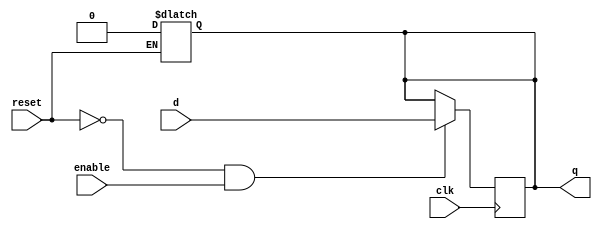
// dffe: D-type flip-flop with enable
//
// q      (output) - Current value of flip flop
// d      (input)  - Next value of flip flop
// clk    (input)  - Clock (positive edge-sensitive)
// enable (input)  - Load new value? (yes = 1, no = 0)
// reset  (input)  - Asynchronous reset   (reset =  1)
//
module dffe(q, d, clk, enable, reset);
    output q;
    reg    q;
    input  d;
    input  clk, enable, reset;
 
    always@(reset)
      if (reset == 1'b1)
        q <= 0;
 
    always@(posedge clk)
      if ((reset == 1'b0) && (enable == 1'b1))
        q <= d;
endmodule // dffe


module lol_reader(L, O, Y, bits, clk, restart);
    output      L, O, Y;
    input [2:0] bits;
    input       restart, clk;
    wire        sBlank, sBlank_next, sL, ssL_next,
		sL_second, sL_second_next, sL_end, sL_end_next,
		sGarbage, sGarbage_next, sBlank2, sBlank2_next, sO, sO_next,
		sO_second, sO_second_next, sO_third, sO_third_next, sO_end, sO_end_next,
		sGarbage2, sGarbage2_next,sBlank3, sBlank3_next, sY, sY_next,
		sY_second, sY_second_next, sY_third, sY_third_next, sY_end, sY_end_next,
		sGarbage3, sGarbage3_next;

//L detecter
	assign in000 = bits == 3'b000;
	assign in111 = bits == 3'b111;
	assign in001 = bits == 3'b001;
	
	assign sBlank_next = ~restart &((sBlank | sL_end | sGarbage| sL) & in000);
	assign sL_next     =  ~restart &((sL_end | sBlank)& in111);
	assign sL_second_next =  ~restart &((sL & in001) );
	assign sL_end_next  =  ~restart &(sL_second & in000);
	assign sGarbage_next = restart | (((sBlank | sL_end)& ~(in000 | in111))| ((sGarbage | sL_second) & ~(in000)) | (sL & ~(in000|in001)));

	dffe fsBlank(sBlank, sBlank_next, clk, 1'b1, 1'b0);
	dffe fsGarbage(sGarbage, sGarbage_next, clk, 1'b1, 1'b0);
	dffe fsL1(sL,sL_next,clk, 1'b1, 1'b0);
	dffe fsL2(sL_second,sL_second_next, clk, 1'b1, 1'b0);
	dffe fsL_end(sL_end, sL_end_next, clk, 1'b1, 1'b0);   

	assign L = sL_end;  // | other condition ... 
  // end of L


//start with O

	//assign in000 = bits ==3'b000;
	//assign in111 = bits ==3'b111;
	assign in101 = bits ==3'b101;

	assign sBlank2_next = ~restart &((sBlank2 | sO_end | sO_second | sGarbage2| sO) & in000);
	assign sO_next = ~restart &((sO_end | sBlank2) & in111);
	assign sO_second_next = ~restart & ((sO & in101));
	assign sO_third_next = ~restart & ((sO_second & in111));
	assign sO_end_next = ~restart &((sO_third & in000));
	assign sGarbage2_next = restart | ((sBlank2 | sO_second | sO_end)& ~(in000|in111) | (sGarbage2 | sO_third) & ~(in000) | (sO & ~(in000|in101)));
	
	 
	dffe fsBlank2(sBlank2, sBlank2_next, clk, 1'b1, 1'b0);
	dffe fsGarbage2(sGarbage2, sGarbage2_next, clk, 1'b1, 1'b0);
	dffe fsO1(sO, sO_next, clk, 1'b1, 1'b0);
	dffe fsO2(sO_second, sO_second_next, clk, 1'b1, 1'b0);
	dffe fsO3(sO_third, sO_third_next, clk, 1'b1, 1'b0);
	dffe fsO_end(sO_end, sO_end_next, clk, 1'b1, 1'b0);

	assign O = sO_end;
//end of O

//start with Y

	assign in100 = bits ==3'b100;

	assign in011 = bits ==3'b011;

	assign sBlank3_next = ~restart &((sBlank3 | sY_end | sY_second | sGarbage3| sY) & in000);
	assign sY_next = ~restart &((sY_end | sBlank3) & in100);
	assign sY_second_next = ~restart & ((sY & in011));
	assign sY_third_next = ~restart & ((sY_second & in100));
	assign sY_end_next = ~restart &((sY_third & in000));
	assign sGarbage3_next = restart | ((sBlank3 | sY_second | sY_end)& ~(in000|in100) | (sGarbage3 | sY_third) & ~(in000) | (sY & ~(in000|in011)));
	
	 
	dffe fsBlank3(sBlank3, sBlank3_next, clk, 1'b1, 1'b0);
	dffe fsGarbage3(sGarbage3, sGarbage3_next, clk, 1'b1, 1'b0);
	dffe fsY1(sY, sY_next, clk, 1'b1, 1'b0);
	dffe fsY2(sY_second, sY_second_next, clk, 1'b1, 1'b0);
	dffe fsY3(sY_third, sY_third_next, clk, 1'b1, 1'b0);
	dffe fsY_end(sY_end, sY_end_next, clk, 1'b1, 1'b0);

	assign Y = sY_end;
	



        
   // dffe fsBlank(sBlank, sBlank_next, clk, 1'b1, 1'b0);
    
endmodule // lol_reader